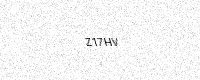
Text: Z17HV